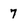
Character: 7